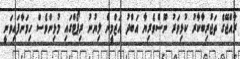
ރާއްޖޭގެ ތަޖުރިބާކާރު ކުޅިވަރު ނޫސްވެރިޔާ އަބްދު އަޒްމީން ލިޔުނު ރިޕޯޓްގައި މުޅިންވެސް ހިމަނާފައިވަނީ